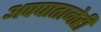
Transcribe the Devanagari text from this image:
अपघातानेही